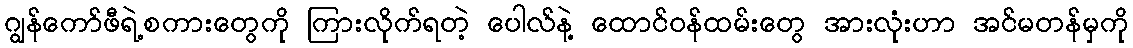
ဂျွန်ကော်ဖီရဲ့စကားတွေကို ကြားလိုက်ရတဲ့ ပေါလ်နဲ့ ထောင်ဝန်ထမ်းတွေ အားလုံးဟာ အင်မတန်မှကို